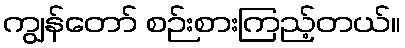
ကျွန်တော် စဉ်းစားကြည့်တယ်။